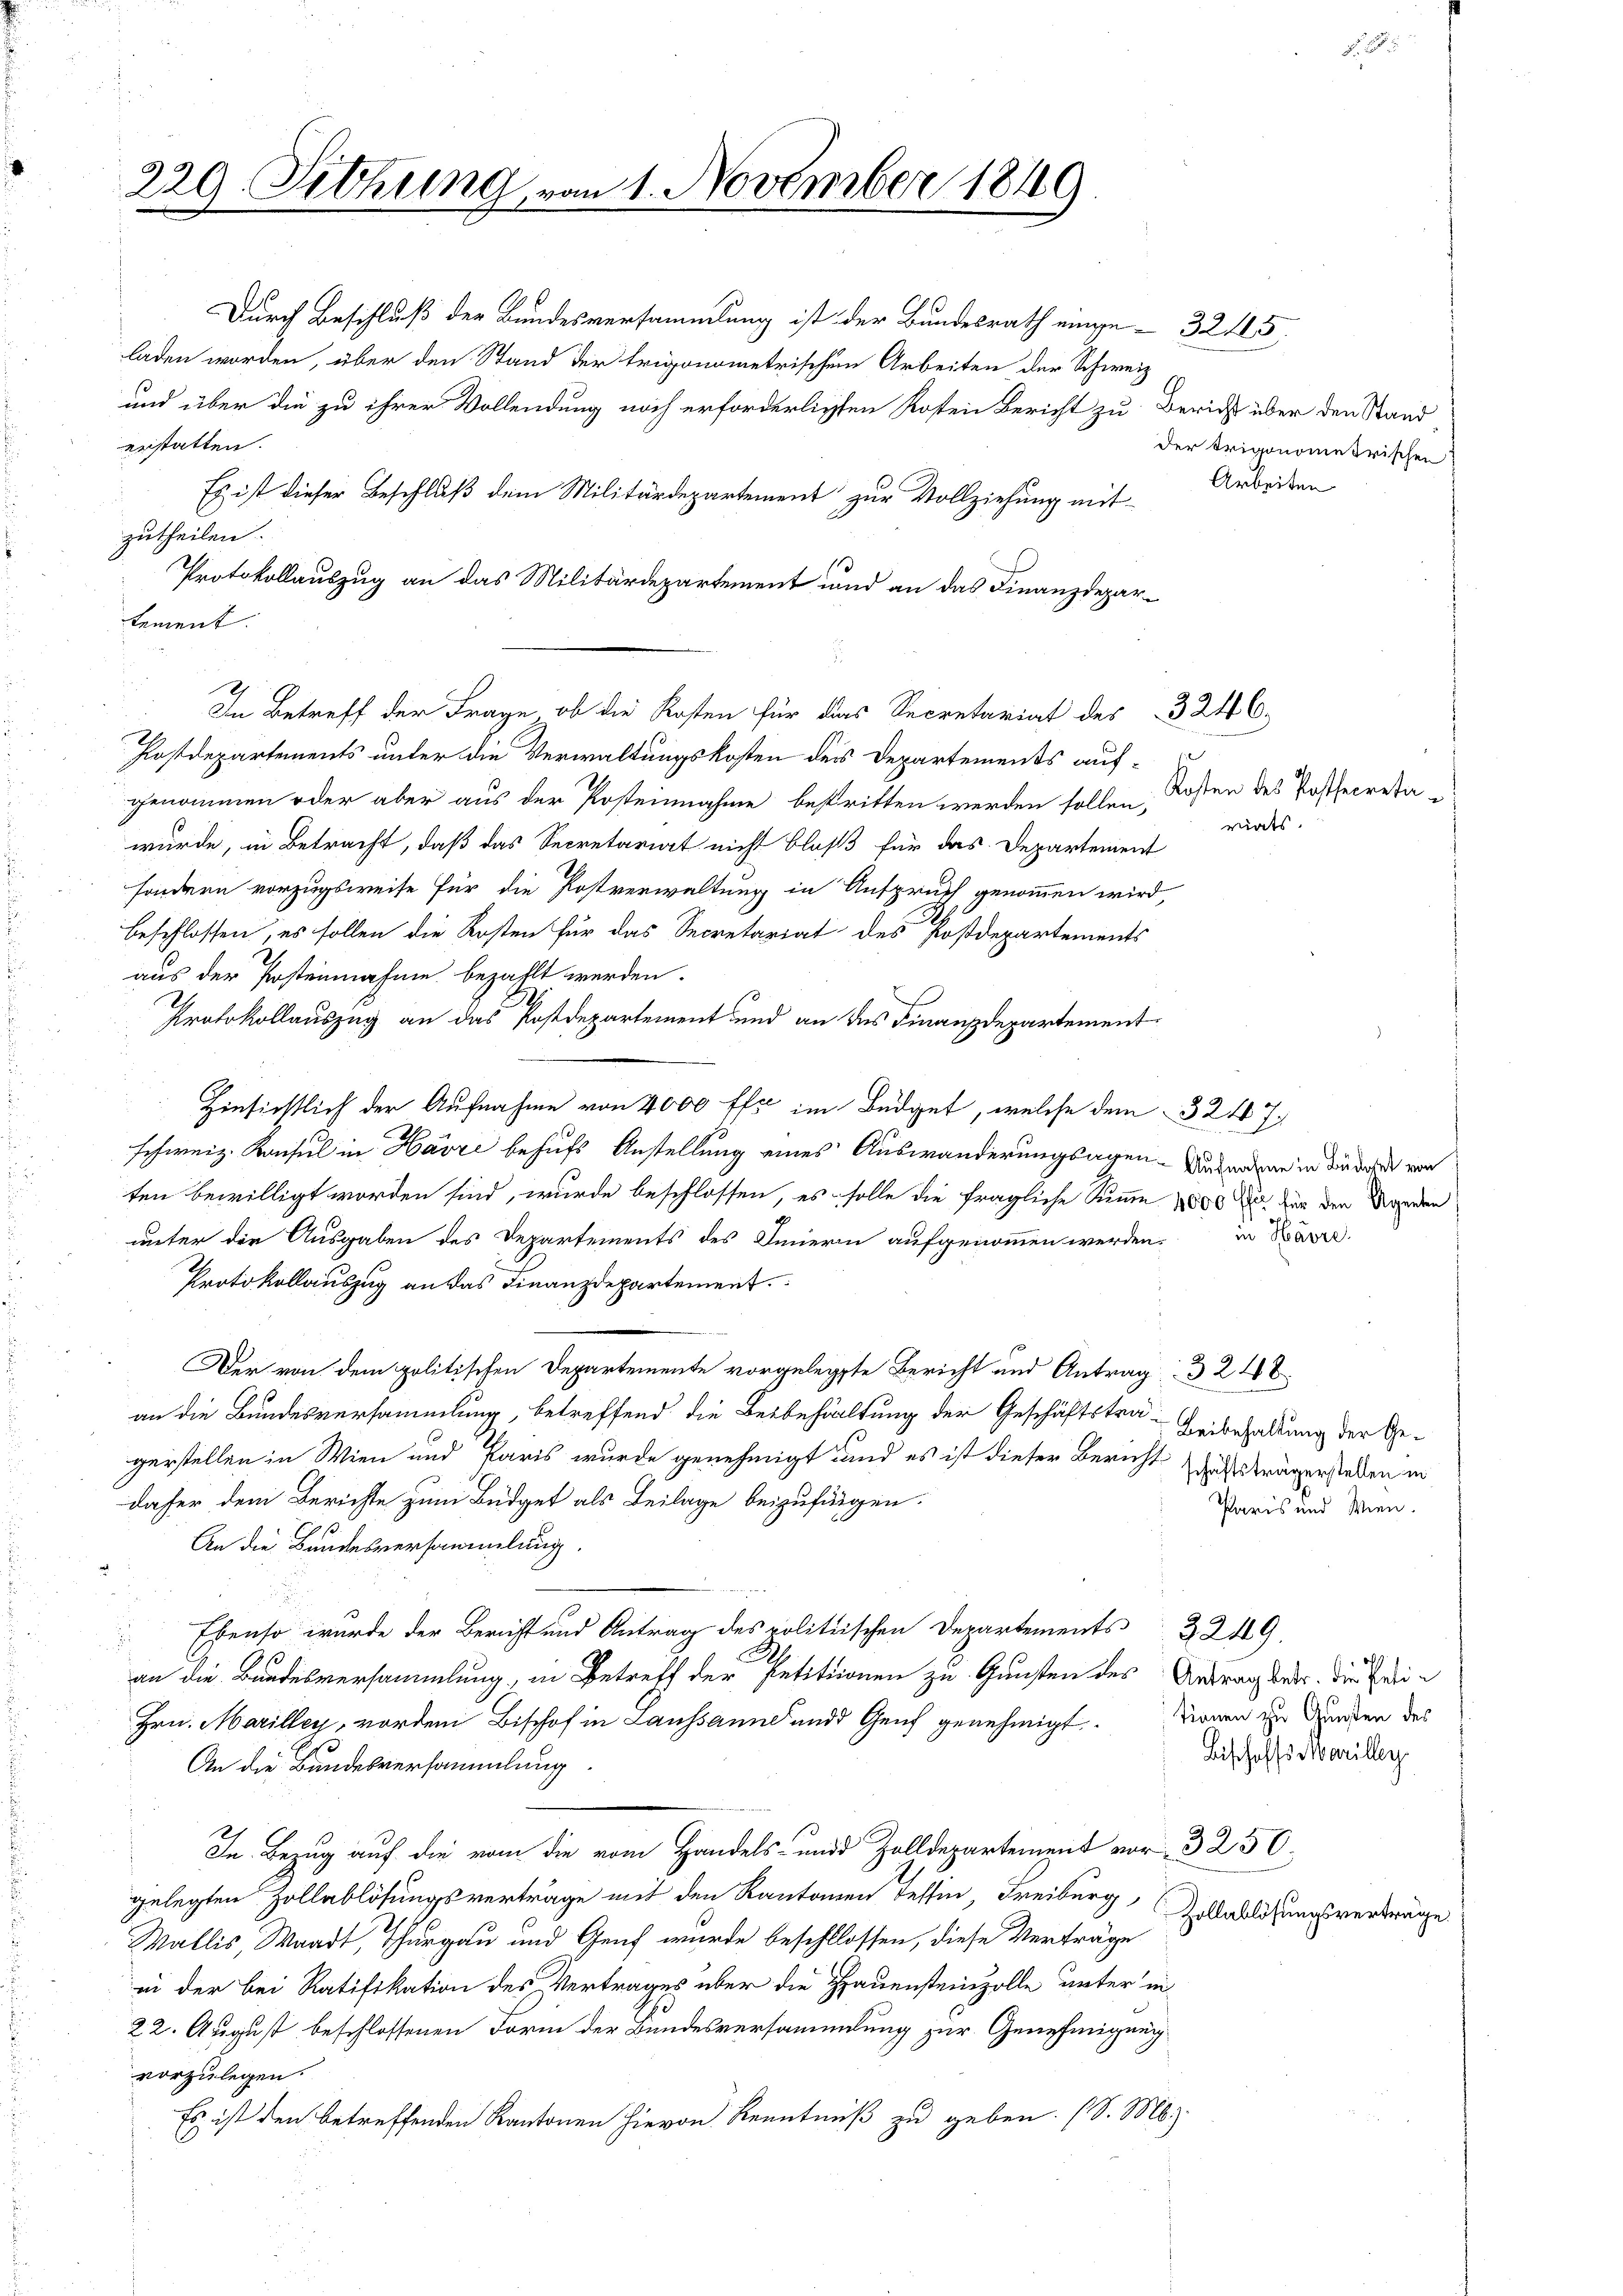
229. Setzung vom 1. November 1849.

laden worden, über den Stand der trigonometrischen Arbeiten der Schweiz
und über die zu ihrer Vollendung noch erforderlichten Kosten Bericht zu Bericht über den Stand
erstatten.
Es ist dieser Beschluß dem Militärdepartement zur Vollziehung mit
zutheilen.
Protokollauszug an das Militärdepartement und an das Finanzdepartement.
In Betreff der Frage, ob die Kosten für das Secretariat des 324 C.
Hostdepartements unter die Verwaltungskosten des Departements aufgenommen oder aber aus der Posteinnahme bestritten werden sollen,
würde, in Betracht, daß das Secretariat nicht bloß für das Departement
sondern vorzugsweise für die Postverwaltung in Anspruch genommen wird,
beschlossen, es sollen die Kosten für das Secretariat des Postdepartements
aus der Posteinahme bezahlt werden.
Protokollauszug an das Postdepartement und an des Finanzdepartement
Hinsichtlich der Aufnahme von 4000 fl im Büdget, welche dem 3247
schweiz. Konsul in Havre behufs Anstellung eines Auswanderungsagen. Das angen in die dar von
ten bewilligt worden sind, wurde beschlossen, es solle die fragliche Summe 1800 für den Werden
unter die Ausgaben des Departements des Innern aufgenommen werden, in Bäre
Protokollauszug an das Finanzdepartement
Der von dem politischen Departemente vorgelegte Bericht und Antrag. 3. 248
an die Bundesversammlung, betreffend die Beibehaltung der Geschäftstra- Leibehaltung der Gegerstellen in Wien und Paris wurde genehmigt und es ist dieser Bericht Wittsträgerstellen in
daher dem Berichte zum Büdget als Beilage beizufügen.
An die Bundesversammlung.
 Ebenso wurde der Bericht und Antrag des politischen Departements 3249.
an die Bundesversammlung, in Betreff der Petitionen zu Gunsten des Antrag war, die Hei¬
Hrn. Marilley, vordem Bischof in Lausanne und Genf genehmigt. Dienen zu Gunden des
An die Bundesversammlung.
In Bezug auf die vom die vom Handels- und Zolldepartement vor 3 250
gelegten Zollablösungsverträge mit den Kantonen Tessin, Freiburg,
Wallis, Waadt, Thurgau und Genf wurde beschlossen, diese Verträge
in der bei Ratifikation des Vertrages über die Hauensteinzolle unter in
22. August beschlossenen Form der Bundesversammlung zur Genehmigung
vorzulegen.
Es ist den betreffenden Kantonen hievon Kenntniß zu geben. (S. M.)

3 f
Durch Beschluß der Bundesversammlung ist der Bundesrath eine 32115.

der Trigonometrischen
Arbeiten

Kosten des Postsecretariats.

Paris und Wien.

d
Bischoffs Marilley
Zollablösungsverträge.